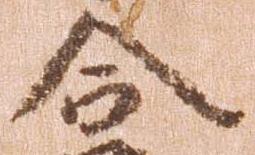
合